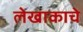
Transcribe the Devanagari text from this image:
लेखाकाचे